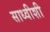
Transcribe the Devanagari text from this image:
साध्वीशी